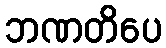
ဘဏတိပေ